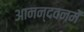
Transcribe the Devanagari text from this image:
आनन्दवनमें